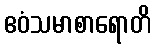
ဧဝံသမာစာရောတိ